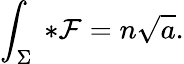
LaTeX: \int_{\Sigma}\ {*}{\cal F}=n\sqrt{a}.